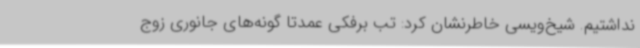
نداشتیم. شیخ‌ویسی خاطرنشان کرد: تب برفکی عمدتا گونه‌های جانوری زوج